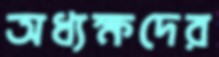
অধ্যক্ষদের